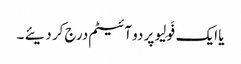
یا ایک فَولِیو پر دو آئیٹم درج کر دیئے ۔